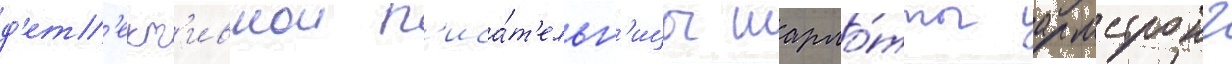
д'ет'ект'ивнои п'иса́т'ельн'ицы шарло́тты армстронг